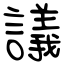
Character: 議